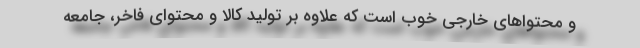
و محتواهای خارجی خوب است که علاوه بر تولید کالا و محتوای فاخر، جامعه